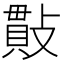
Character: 𢿒